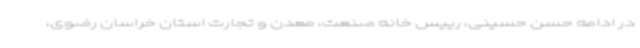
در ادامه حسن حسینی، رییس خانه صنعت، معدن و تجارت استان خراسان رضوی،